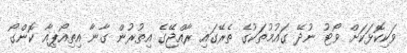
ވަކިކޮޅަކަށް ވޯޓު ނުދޭ ގައުމުތަކުގެ ތެރޭގައި ރާއްޖޭގެ އިތުރުން ގާނާ އިތިއޯޕިއާ ކޮންގޯ